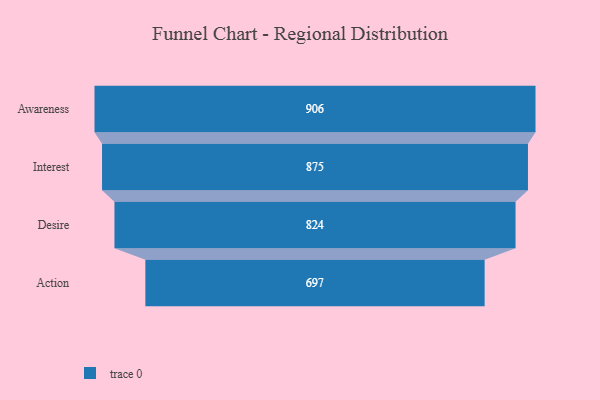
{"axis": {"x": "Stage", "y": "Value"}, "legend": [""], "data": [{"x": "Awareness", "y": 906.0, "type": ""}, {"x": "Interest", "y": 875.0, "type": ""}, {"x": "Desire", "y": 824.0, "type": ""}, {"x": "Action", "y": 697.0, "type": ""}]}